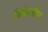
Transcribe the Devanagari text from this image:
निवेदनीय